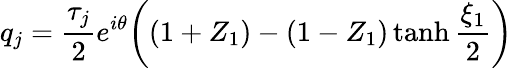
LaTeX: q_{j}=\frac{\tau_{j}}{2}e^{i\theta}\bigg((1+Z_{1})-(1-Z_{1})\operatorname{tanh}\frac{\xi_{1}}{2}\bigg)